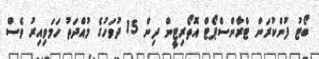
ބޯޓު ފުންކުރަން ޓްރާންސްޕޯޓް އޮތޯރިޓީން ދިން 15 ދުވަހުގެ މުއްދަތު ހަމަވިއިރު ވެސް